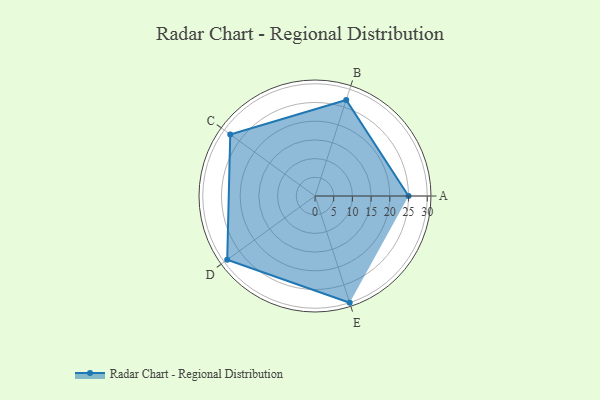
{"axis": {"x": "Skill", "y": "Score"}, "legend": ["Profile"], "data": [{"x": "A", "y": 25.0, "type": "Profile"}, {"x": "B", "y": 27.0, "type": "Profile"}, {"x": "C", "y": 28.0, "type": "Profile"}, {"x": "D", "y": 29.0, "type": "Profile"}, {"x": "E", "y": 30.0, "type": "Profile"}]}